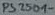
Text: PS2501